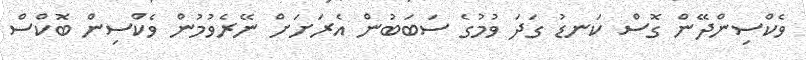
ވެކްސިންދޭން ގޮސް ކަނޑު ގަދަ ވުމުގެ ސަބަބުން އެރަށަށް ނޭރެވުމުން ވެކްސިން ބޮކްސް